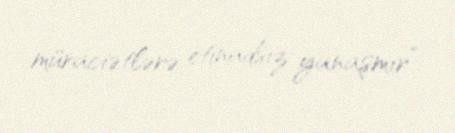
müraciətlərə etinadsız yanaşmır”.